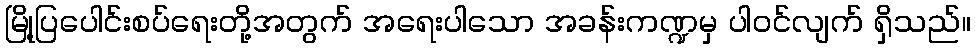
မြို့ပြပေါင်းစပ်ရေးတို့အတွက် အရေးပါသော အခန်းကဏ္ဍမှ ပါဝင်လျက် ရှိသည်။